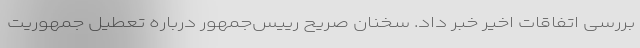
بررسی اتفاقات اخیر خبر داد. سخنان صریح رییس‌جمهور درباره تعطیل جمهوریت